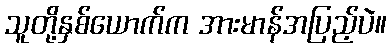
သူတို့နှစ်ယောက်က အားမာန်အပြည့်ပဲ။